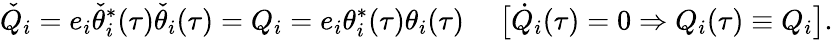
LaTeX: {\check{Q}}_{i}=e_{i}\check{\theta}_{i}^{\ast}(\tau)\check{\theta}_{i}(\tau)=Q_{i}=e_{i}\theta_{i}^{\ast}(\tau)\theta_{i}(\tau)~~~~~\big[\dot{Q}_{i}(\tau)=0\Rightarrow Q_{i}(\tau)\equiv Q_{i}\big].